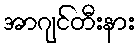
အာဂျင်တီးနား